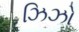
ઝિઝો